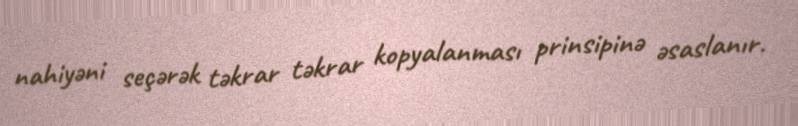
nahiyəni seçərək təkrar təkrar kopyalanması prinsipinə əsaslanır.